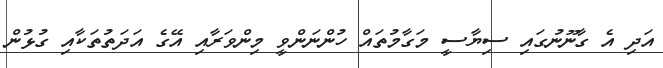
އަދި އެ ގާނޫނުގައި ސިޔާސީ މަގާމުތައް ހުންނަންވީ މިންވަރާއި އޭގެ އަދަތުތަކާއި ގުޅުން